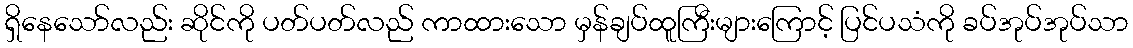
ရှိနေသော်လည်း ဆိုင်ကို ပတ်ပတ်လည် ကာထားသော မှန်ချပ်ထူကြီးများကြောင့် ပြင်ပသံကို ခပ်အုပ်အုပ်သာ